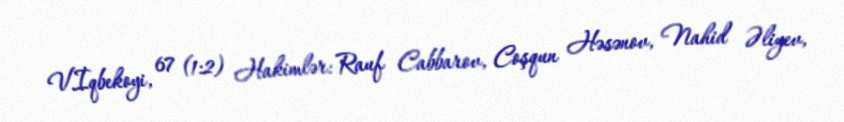
V.İqbekoyi, 67 (1:2) Hakimlər: Rauf Cabbarov, Coşqun Həsənov, Nahid Əliyev,